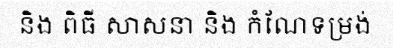
និង ពិធី សាសនា និង កំណែទម្រង់